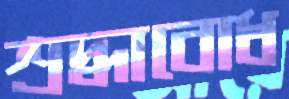
শ্রদ্ধাবোধ